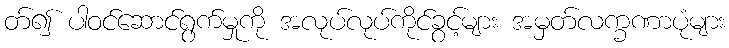
တ်၍ ပါဝင်ဆောင်ရွက်မှုကို အလုပ်လုပ်ကိုင်ခွင့်များ အမှတ်လက္ခဏာပုံများ